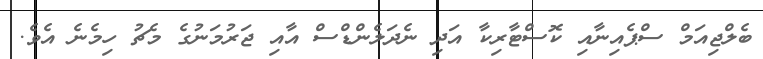
ބެލްޖިއަމް ސްޕެއިނާއި ކޮސްޓާރިކާ އަދި ނެދަލެންޑްސް އާއި ޖަރުމަނުގެ މެޗު ހިމެނެ އެވެ.